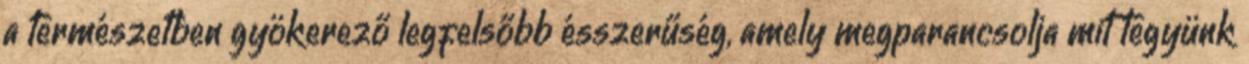
a természetben gyökerező legfelsőbb ésszerűség, amely megparancsolja mit tegyünk